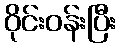
ဝိုင်းဝန်းပြီး